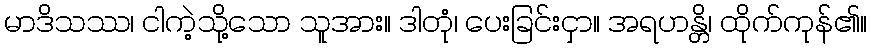
မာဒိသဿ၊ ငါကဲ့သို့သော သူအား။ ဒါတုံ၊ ပေးခြင်းငှာ။ အရဟန္တိ၊ ထိုက်ကုန်၏။